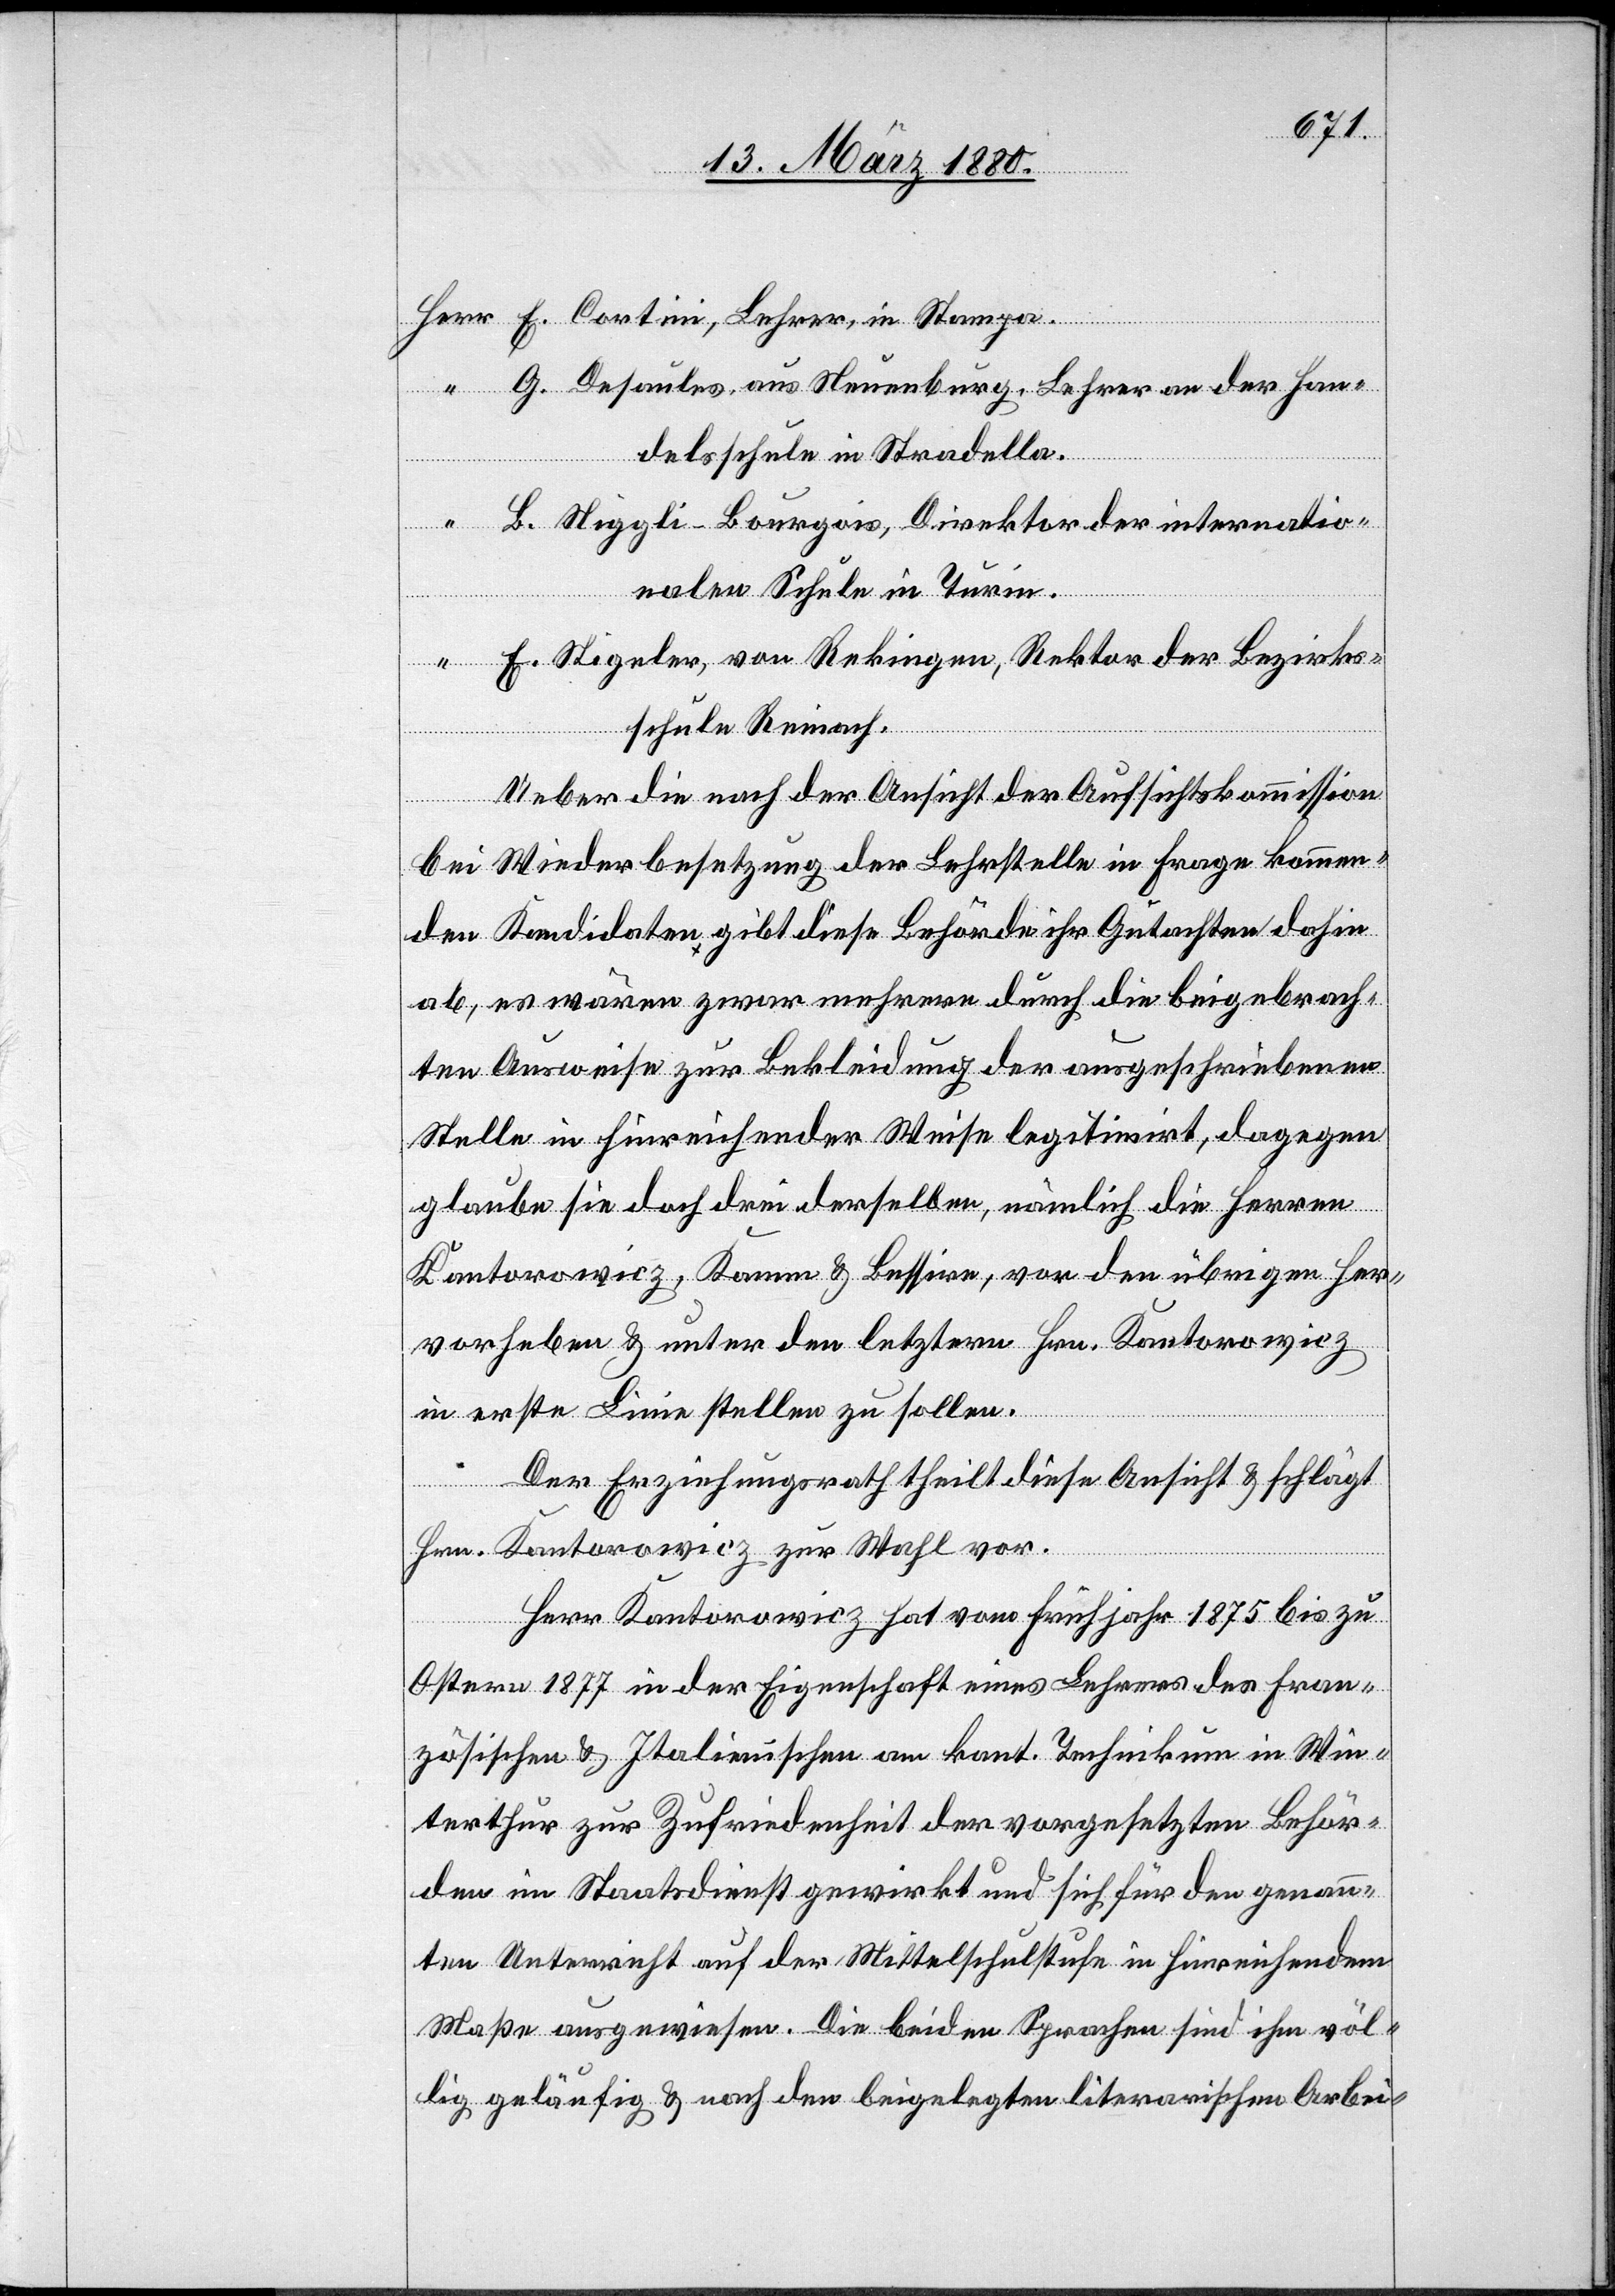
E. Cortini, Lehrer, in Stampa.
G. Desaules, aus Neuenburg, Lehrer an der Han¬
delsschule in Stradella.
L. Niggli-Bourgois, Direktor der internatio¬
nalen Schule in Turin.
E. Stigeler, von Rekingen, Rektor der Bezirks¬
schule Reinach.
Ueber die nach der Ansicht der Aufsichtskommission
bei Wiederbesetzung der Lehrstelle in Frage kommen¬
den Kandidaten gibt diese Behörde ihr Gutachten dahin
ab, es wären zwar mehrere durch die beigebrach¬
ten Ausweise zur Bekleidung der ausgeschriebenen
Stelle in hinreichender Weise legitimirt, dagegen
glaube sie doch drei derselben, nämlich die Herren
Kantorowicz, Kamm & Bessirn, von den übrigen her¬
vorheben & unter den letztern Hrn. Kantorowicz
in erste Linie stellen zu sollen.
Der Erziehungsrath theilt diese Ansicht & schlägt
Hrn. Kantorowicz zur Wahl vor.
Herr Kantorowicz hat vom Frühjahr 1875 bis zu
Ostern 1877 in der Eigenschaft am kant. Technikum in Win¬
terthur zur Zufriedenheit der vorgesetzten Behör¬
den im Staatsdienst gewirkt und sich für den genann¬
ten Unterricht auf der Mittelschulstufe in hinreichendem
Maße ausgewiesen. Die beiden Sprachen sind ihm völ¬
lig geläufig & nach den beigelegten literarischen Arbei-